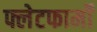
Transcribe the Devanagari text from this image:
फ्लेटफार्मों